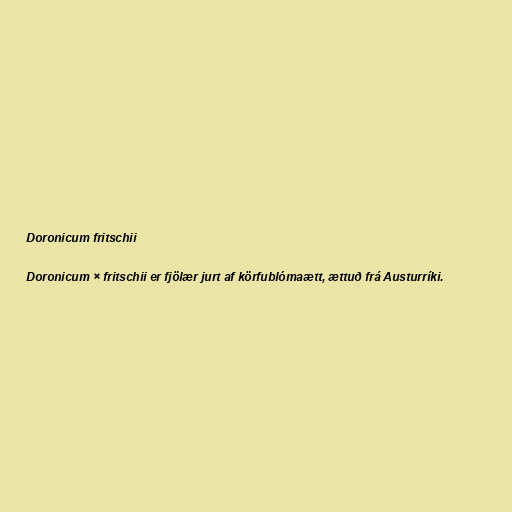
Doronicum fritschii

Doronicum × fritschii er fjölær jurt af körfublómaætt, ættuð frá Austurríki.